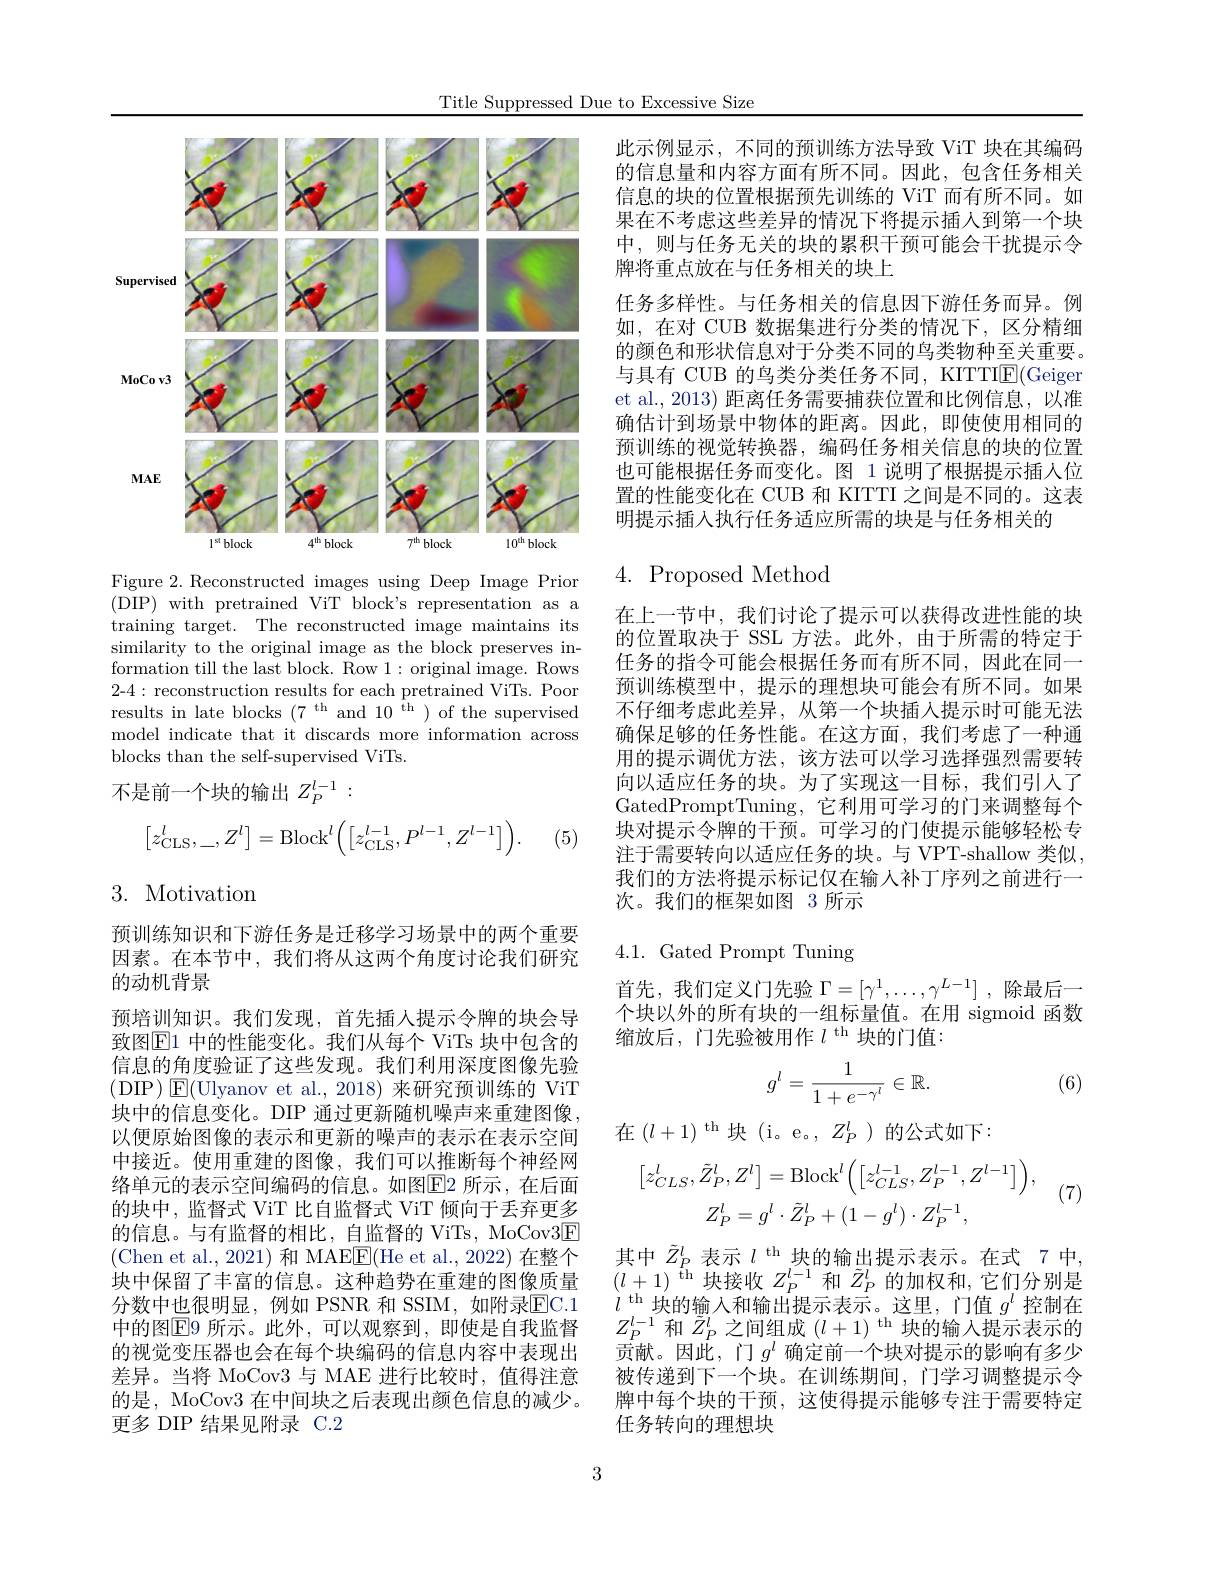
Title Suppressed Due to Excessive Size

<FigureHere>

Figure 2. Reconstructed images using Deep Image Prior ( DIP) with pretrained ViT bloc$k^{\prime }$s representation as a training target. The reconstructed image maintains its similarity to the original image as the block preserves information till the last block. Row 1: original image. Rows 2-4: reconstruction results for each pretrained ViTs. Poor results in late blocks $(7^\mathrm{th}$ and 10$^\mathrm{th})$ of the supervised model indicate that it discards more information across blocks than the self-supervised ViTs.

不是前一个块的输出$Z_P^{l-1}:$
$$\begin{bmatrix}z_{\mathrm{CLS}}^l,_,Z^l\end{bmatrix}=\mathrm{Block}^l\biggl(\begin{bmatrix}z_{\mathrm{CLS}}^{l-1},P^{l-1},Z^{l-1}\end{bmatrix}\biggr).$$
(5)

3. Motivation

预训练知识和下游任务是迁移学习场景中的两个重要因素。在本节中，我们将从这两个角度讨论我们研究的动机背景
预培训知识。我们发现，首先插入提示令牌的块会导致图$\overline{\mathrm{E}}1$ 中的性能变化。我们从每个 ViTs 块中包含的信息的角度验证了这些发现。我们利用深度图像先验(DIP$)\boxtimes($Ulyanov et al.,2018)来研究预训练的 ViT 块中的信息变化。DIP 通过更新随机噪声来重建图像， 以便原始图像的表示和更新的噪声的表示在表示空间中接近。使用重建的图像，我们可以推断每个神经网络单元的表示空间编码的信息。如图$\overline{\mathrm{E}}$2 所示，在后面的块中，监督式 ViT 比自监督式 ViT 倾向于丢弃更多的信息。与有监督的相比，自监督的 ViTs, MoCov3E (Chen et al., 2021) 和 MAE$\underline{\mathrm{E}}($He et al., 2022) 在整个块中保留了丰富的信息。这种趋势在重建的图像质量分数中也很明显，例如 PSNR 和 SSIM,如附录$\underline{\mathrm{EC.1}}$ 中的图$\overline{\mathrm{E}}$9 所示。此外，可以观察到，即使是自我监督的视觉变压器也会在每个块编码的信息内容中表现出差异。当将 MoCov3 与 MAE 进行比较时，值得注意的是，MoCov3 在中间块之后表现出颜色信息的减少。更多 DIP 结果见附录 C.2

3

此示例显示，不同的预训练方法导致 ViT 块在其编码的信息量和内容方面有所不同。因此，包含任务相关信息的块的位置根据预先训练的 ViT 而有所不同。如果在不考虑这些差异的情况下将提示插人到第一个块中，则与任务无关的块的累积干预可能会干扰提示令牌将重点放在与任务相关的块上
任务多样性。与任务相关的信息因下游任务而异。例如，在对 CUB 数据集进行分类的情况下，区分精细的颜色和形状信息对于分类不同的鸟类物种至关重要。与具有 CUB 的鸟类分类任务不同，KITTI$\boxed{\mathrm{E}}($Geiger et al., 2013) 距离任务需要捕获位置和比例信息，以准确估计到场景中物体的距离。因此，即使使用相同的预训练的视觉转换器，编码任务相关信息的块的位置也可能根据任务而变化。图 1 说明了根据提示插人位置的性能变化在 CUB 和 KITTI 之间是不同的。这表明提示插入执行任务适应所需的块是与任务相关的

# $4.{\mathrm{Proposed~Method}}$

在上一节中，我们讨论了提示可以获得改进性能的块的位置取决于 SSL 方法。此外，由于所需的特定于任务的指令可能会根据任务而有所不同，因此在同一预训练模型中，提示的理想块可能会有所不同。如果不仔细考虑此差异，从第一个块插人提示时可能无法确保足够的任务性能。在这方面，我们考虑了一种通用的提示调优方法，该方法可以学习选择强烈需要转向以适应任务的块。为了实现这一目标，我们引人了GatedPromptTuning,它利用可学习的门来调整每个块对提示令牌的干预。可学习的门使提示能够轻松专注于需要转向以适应任务的块。与 VPT-shallow 类似， 我们的方法将提示标记仅在输人补丁序列之前进行一次。我们的框架如图 3 所示

4.1.Gated Prompt Tuning

首先，我们定义门先验$\Gamma=[\gamma^1,\ldots,\gamma^{L-1}]$ ,除最后一个块以外的所有块的一组标量值。在用 sigmoid 函数缩放后，门先验被用作$l^\mathrm{th}$块的门值：
$$g^l=\frac{1}{1+e^{-\gamma^l}}\in\mathbb{R}.$$
(6)

在$(l+1)^{\mathrm{th}}$块(i。e。$,Z_P^l)$的公式如下：
$$\left[z_{CLS}^{l},\tilde{Z}_{P}^{l},Z^{l}\right]=\mathrm{Block}^{l}\Big(\Big[z_{CLS}^{l-1},Z_{P}^{l-1},Z^{l-1}\Big]\Big),\\Z_{P}^{l}=g^{l}\cdot\tilde{Z}_{P}^{l}+(1-g^{l})\cdot Z_{P}^{l-1},$$
(7)

其中$\tilde{Z}_P^l$表示$l^\mathrm{th}$块的输出提示表示。在式 7 中， $(l+1)^\mathrm{~ih~}$块接收$Z_P^l-1$和$\tilde{Z}_P^l$的加权和，它们分别是$l^\mathrm{~th~}$块的输入和输出提示表示。这里，门值 $g^l$ 控制在$Z_{P}^{l-1}$和$\tilde{Z}_{P}^{l}$之间组成$(l+1)^\mathrm{th}$块的输入提示表示的贡献。因此，门$g^l$确定前一个块对提示的影响有多少被传递到下一个块。在训练期间，门学习调整提示令牌中每个块的干预，这使得提示能够专注于需要特定任务转向的理想块